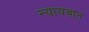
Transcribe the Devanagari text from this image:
न्यायवान